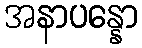
အနာပန္နော